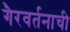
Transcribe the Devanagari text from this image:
गैरवर्तनाची